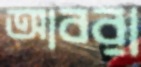
আবরা